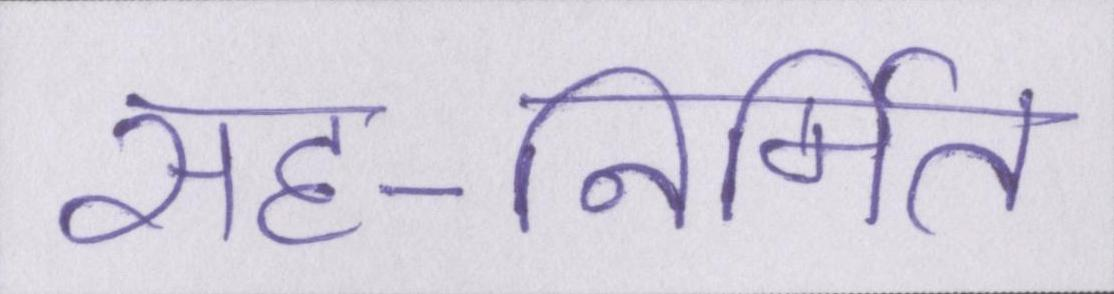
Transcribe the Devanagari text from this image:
सह-निर्मित